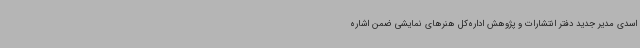
اسدی مدیر جدید دفتر انتشارات و پژوهش اداره‌کل هنرهای نمایشی ضمن اشاره